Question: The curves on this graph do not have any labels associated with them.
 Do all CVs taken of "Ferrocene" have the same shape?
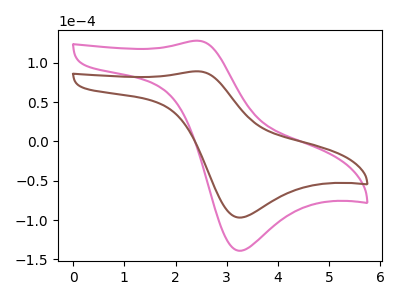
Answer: <think>The pink curve "pink" has an anodic peak at (2.45V, 128.15uA) and a cathodic peak at (3.25V, -139.05uA). The brown curve "brown" has an anodic peak at (2.45V, 89.20uA) and a cathodic peak at (3.25V, -96.80uA).
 All the peaks in "pink" have a peak in "brown" at the same potential. Every peak in "pink" is higher than every peak in "brown".</think>
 <answer>All the CV's of "Ferrocene" have similar shape.</answer>
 <eval>follow_rule</eval>